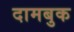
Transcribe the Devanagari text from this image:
दामबुक